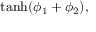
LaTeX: \operatorname { t a n h } ( \phi _ { 1 } + \phi _ { 2 } ) ,